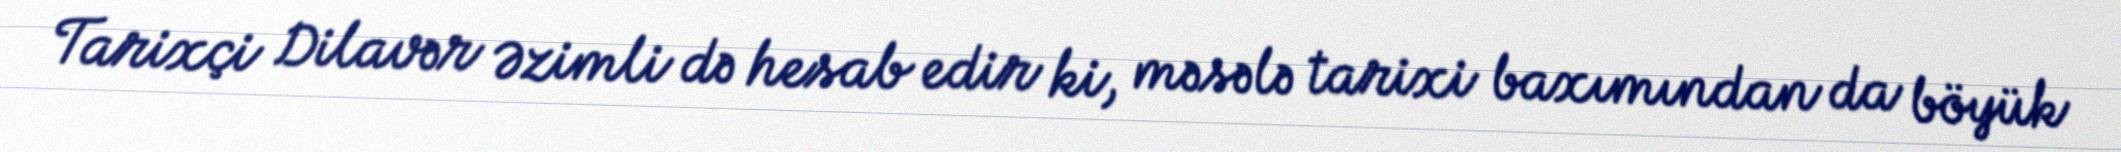
Tarixçi Dilavər Əzimli də hesab edir ki, məsələ tarixi baxımından da böyük